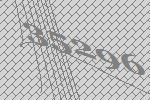
35296